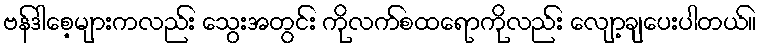
ဗန်ဒါစေ့များကလည်း သွေးအတွင်း ကိုလက်စထရောကိုလည်း လျော့ချပေးပါတယ်။